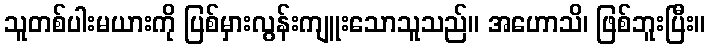
သူတစ်ပါးမယားကို ပြစ်မှားလွန်းကျူးသောသူသည်။ အဟောသိ၊ ဖြစ်ဘူးပြီး။